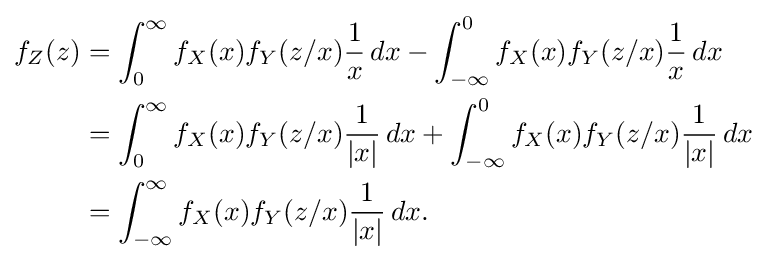
{\begin{aligned}f_{Z}(z)&=\int _{0}^{\infty }f_{X}(x)f_{Y}(z/x){\frac {1}{x}}\,dx-\int _{-\infty }^{0}f_{X}(x)f_{Y}(z/x){\frac {1}{x}}\,dx\\&=\int _{0}^{\infty }f_{X}(x)f_{Y}(z/x){\frac {1}{|x|}}\,dx+\int _{-\infty }^{0}f_{X}(x)f_{Y}(z/x){\frac {1}{|x|}}\,dx\\&=\int _{-\infty }^{\infty }f_{X}(x)f_{Y}(z/x){\frac {1}{|x|}}\,dx.\end{aligned}}